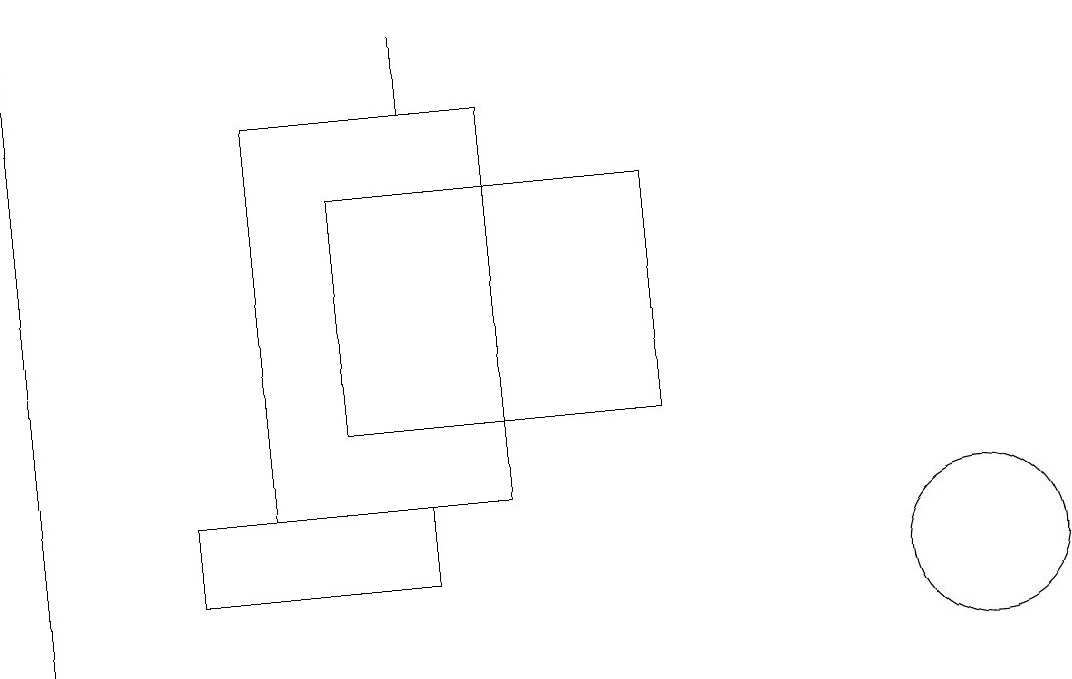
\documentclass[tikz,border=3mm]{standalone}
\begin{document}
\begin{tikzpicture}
\draw (12,11) circle (0);
\draw (3,13) rectangle (6,18);
\draw (5,18) rectangle (5,19);
\draw (8,14) rectangle (4,17);
\draw (12,12) circle (1);
\draw (0,19) rectangle (0,11);
\draw (5,12) rectangle (2,13);
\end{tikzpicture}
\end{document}